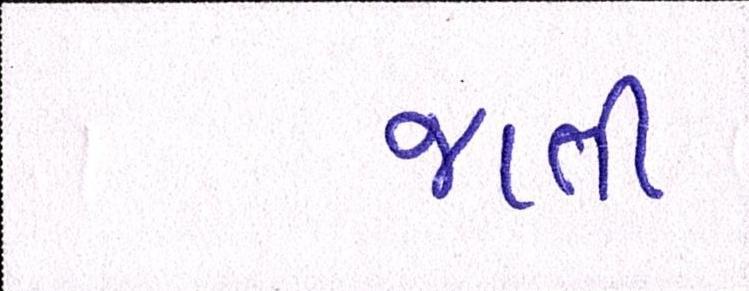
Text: જાતી